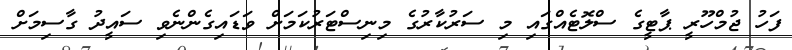
ފަހު ޖުމްހޫރީ ޕާޓީގެ ސްލޮޓެއްގައި މި ސަރުކާރުގެ މިނިސްޓަރުކަމަށް ވަޑައިގެންނެވި ސައީދު ގާސިމަށް